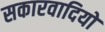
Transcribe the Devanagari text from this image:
सकारवादियों